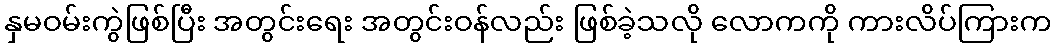
နှမဝမ်းကွဲဖြစ်ပြီး အတွင်းရေး အတွင်းဝန်လည်း ဖြစ်ခဲ့သလို လောကကို ကားလိပ်ကြားက